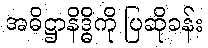
အဓိဋ္ဌာနိဒ္ဓိကို ပြဆိုခန်း